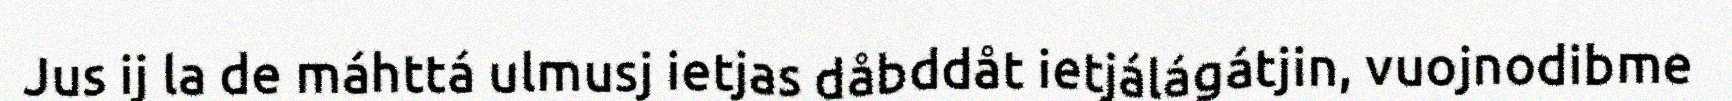
Jus ij la de máhttá ulmusj ietjas dåbddåt ietjálágátjin, vuojnodibme